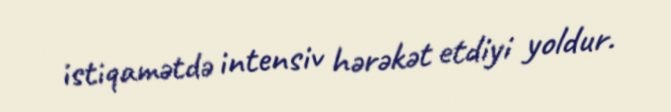
istiqamətdə intensiv hərəkət etdiyi yoldur.